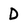
Character: D